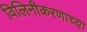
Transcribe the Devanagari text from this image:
विलिनीकरणाच्या